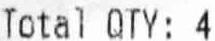
TOTAL QTY: 4